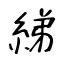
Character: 綈